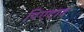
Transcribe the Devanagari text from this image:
पिएदाद